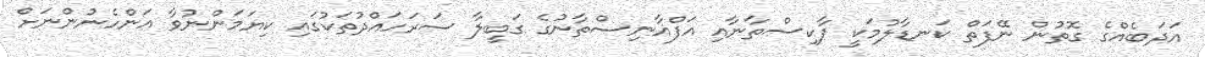
އަދަބެއްގެ ގޮތުން ނޭފަތް ކަނޑާލުމަކީ ޕާކިސްތާނާއި އަފްޣާނިސްތާނުގެ ގަބީލާ ސަރަހައްދުތަކުގައި ކިޔަމަންނުވާ އަންހެނުންނަށް